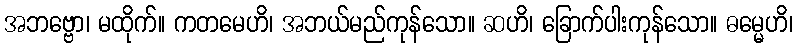
အဘဗ္ဗော၊ မထိုက်။ ကတမေဟိ၊ အဘယ်မည်ကုန်သော။ ဆဟိ၊ ခြောက်ပါးကုန်သော။ ဓမ္မေဟိ၊